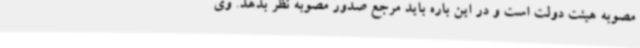
مصوبه هیئت دولت است و در این باره باید مرجع صدور مصوبه نظر بدهد. وی